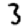
Digit: 3